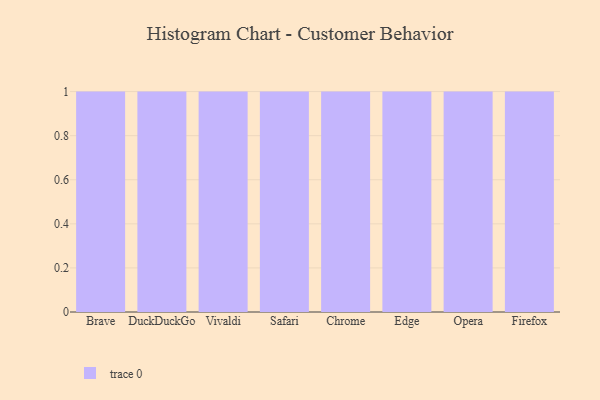
{"axis": {"x": "Browser", "y": "Headcount"}, "legend": [""], "data": [{"x": "Brave", "y": 12, "type": ""}, {"x": "DuckDuckGo", "y": 86, "type": ""}, {"x": "Vivaldi", "y": 66, "type": ""}, {"x": "Safari", "y": 11, "type": ""}, {"x": "Chrome", "y": 34, "type": ""}, {"x": "Edge", "y": 91, "type": ""}, {"x": "Opera", "y": 49, "type": ""}, {"x": "Firefox", "y": 44, "type": ""}]}